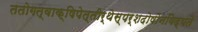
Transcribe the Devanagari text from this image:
ततोगत्वाक्षिपेत्तीर्थेस्पर्शदोषोनविद्यते